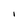
Character: I